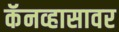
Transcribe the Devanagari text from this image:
कॅनव्हासावर